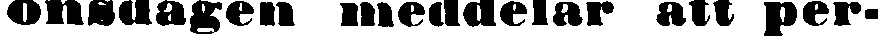
onsdagen meddelar att per-